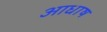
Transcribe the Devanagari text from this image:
आधाष